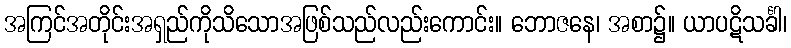
အကြင်အတိုင်းအရှည်ကိုသိသောအဖြစ်သည်လည်းကောင်း။ ဘောဇနေ၊ အစာ၌။ ယာပဋိသင်္ခါ၊